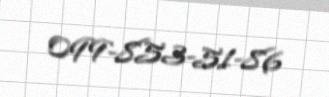
099-853-51-86